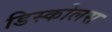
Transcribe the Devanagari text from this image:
डिस्कोलस